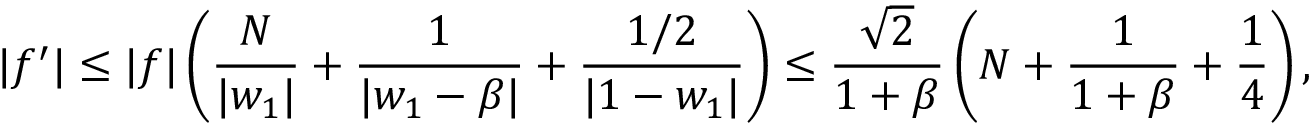
| f ^ { \prime } | \leq | f | \left( { \frac { N } { | w _ { 1 } | } } + { \frac { 1 } { | w _ { 1 } - \beta | } } + { \frac { 1 / 2 } { | 1 - w _ { 1 } | } } \right) \leq { \frac { \sqrt { 2 } } { 1 + \beta } } \left( N + { \frac { 1 } { 1 + \beta } } + { \frac { 1 } { 4 } } \right) ,